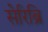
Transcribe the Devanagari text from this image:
सेरिब्रि